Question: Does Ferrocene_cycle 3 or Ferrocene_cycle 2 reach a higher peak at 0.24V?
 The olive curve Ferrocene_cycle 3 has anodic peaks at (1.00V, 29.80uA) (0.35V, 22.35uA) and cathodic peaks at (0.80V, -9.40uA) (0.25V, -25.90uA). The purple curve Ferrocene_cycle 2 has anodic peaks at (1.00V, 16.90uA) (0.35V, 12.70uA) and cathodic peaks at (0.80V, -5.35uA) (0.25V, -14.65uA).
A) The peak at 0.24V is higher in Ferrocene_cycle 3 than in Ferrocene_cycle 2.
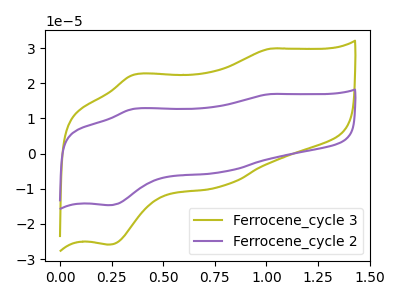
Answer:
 <answer>A) The peak at 0.24V is higher in "Ferrocene_cycle 3" than in "Ferrocene_cycle 2".</answer>
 <eval>A</eval>